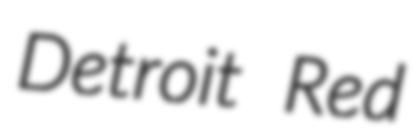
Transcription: Detroit Red